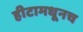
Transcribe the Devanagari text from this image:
हीटामधूनच